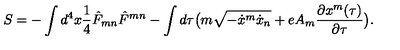
S = - \int d ^ { 4 } x { \frac { 1 } { 4 } } { \hat { F } } _ { m n } { \hat { F } } ^ { m n } - \int d \tau \big ( m \sqrt { - { \dot { x } } ^ { m } { \dot { x } } _ { n } } + e A _ { m } { \frac { \partial x ^ { m } ( \tau ) } { \partial \tau } } \big ) .